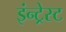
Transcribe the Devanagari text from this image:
इंन्ट्रेस्ट